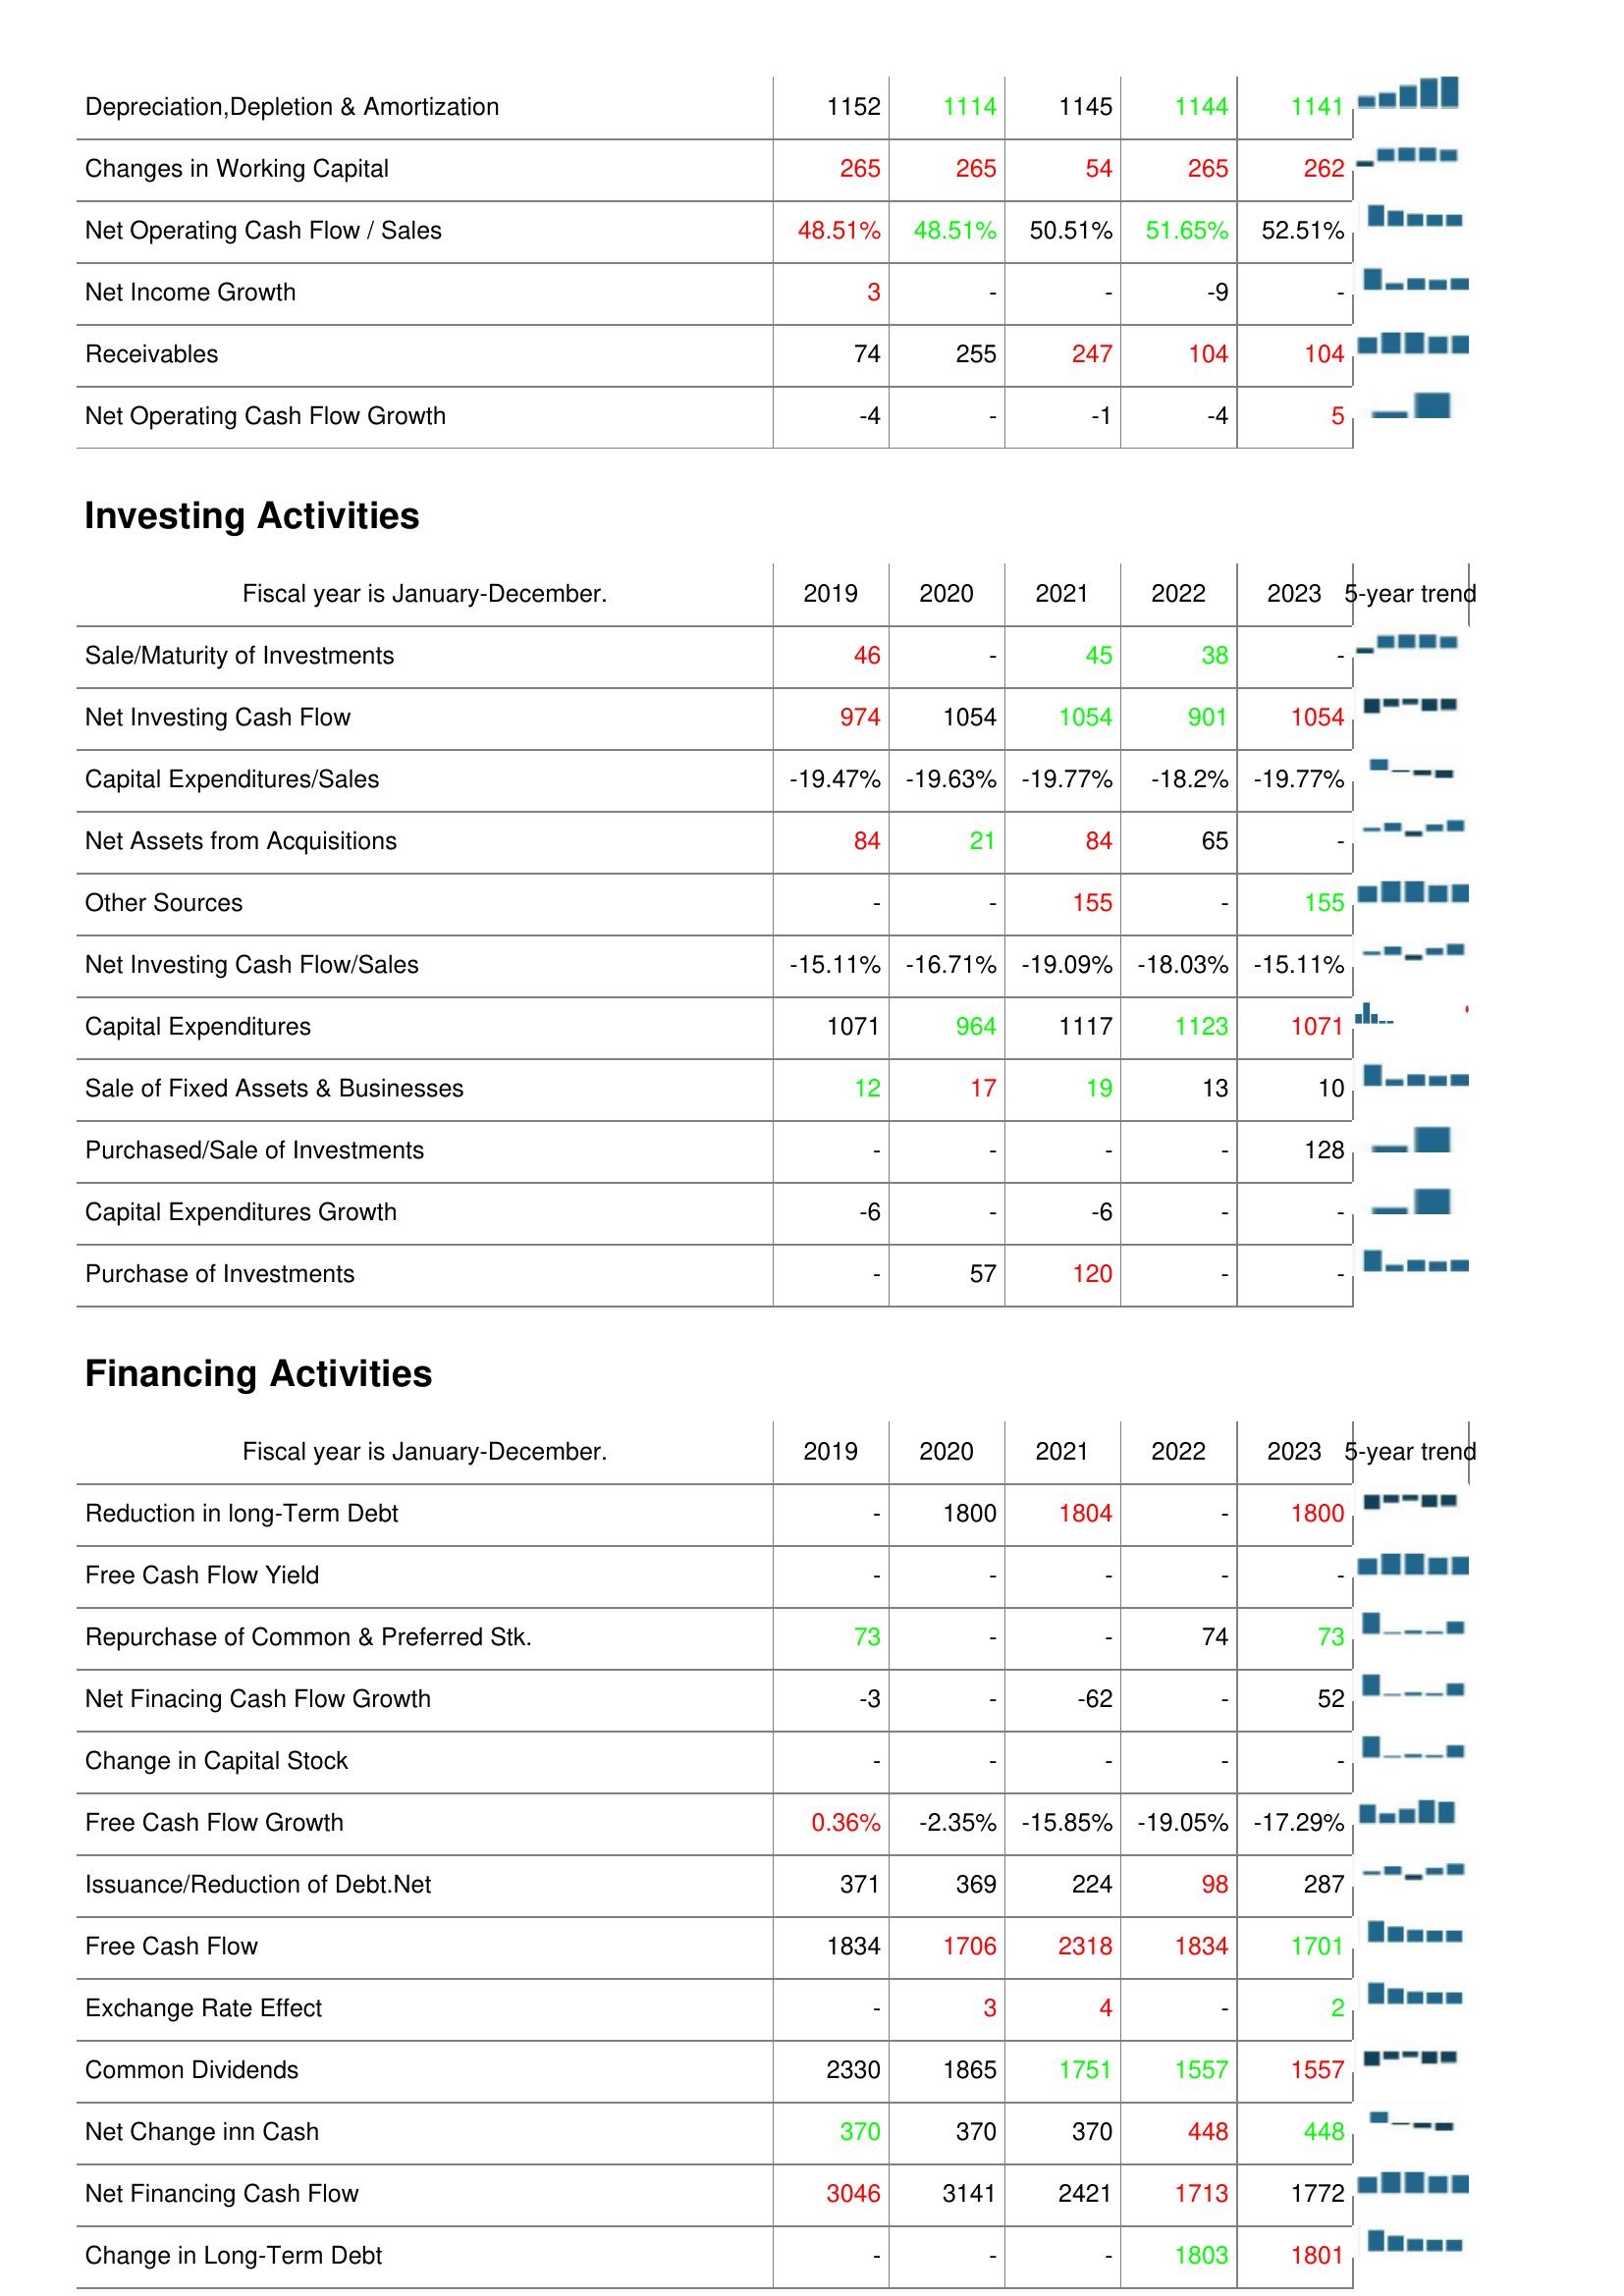
2019: Operating Activities: Depreciation,Depletion & Amortization: 1152
Changes in Working Capital: 265
Net Operating Cash Flow / Sales: 48.51%
Net Income Growth: 3
Receivables: 74
Net Operating Cash Flow Growth: -4
Investing Activities: Sale/Maturity of Investments: 46
Net Investing Cash Flow: 974
Capital Expenditures/Sales: -19.47%
Net Assets from Acquisitions: 84
Other Sources: -
Net Investing Cash Flow/Sales: -15.11%
Capital Expenditures: 1071
Sale of Fixed Assets & Businesses: 12
Purchased/Sale of Investments: -
Capital Expenditures Growth: -6
Purchase of Investments: -
Financing Activities: Reduction in long-Term Debt: -
Free Cash Flow Yield: -
Repurchase of Common & Preferred Stk.: 73
Net Finacing Cash Flow Growth: -3
Change in Capital Stock: -
Free Cash Flow Growth: 0.36%
Issuance/Reduction of Debt.Net: 371
Free Cash Flow: 1834
Exchange Rate Effect: -
Common Dividends: 2330
Net Change inn Cash: 370
Net Financing Cash Flow: 3046
Change in Long-Term Debt: -
2020: Operating Activities: Depreciation,Depletion & Amortization: 1114
Changes in Working Capital: 265
Net Operating Cash Flow / Sales: 48.51%
Net Income Growth: -
Receivables: 255
Net Operating Cash Flow Growth: -
Investing Activities: Sale/Maturity of Investments: -
Net Investing Cash Flow: 1054
Capital Expenditures/Sales: -19.63%
Net Assets from Acquisitions: 21
Other Sources: -
Net Investing Cash Flow/Sales: -16.71%
Capital Expenditures: 964
Sale of Fixed Assets & Businesses: 17
Purchased/Sale of Investments: -
Capital Expenditures Growth: -
Purchase of Investments: 57
Financing Activities: Reduction in long-Term Debt: 1800
Free Cash Flow Yield: -
Repurchase of Common & Preferred Stk.: -
Net Finacing Cash Flow Growth: -
Change in Capital Stock: -
Free Cash Flow Growth: -2.35%
Issuance/Reduction of Debt.Net: 369
Free Cash Flow: 1706
Exchange Rate Effect: 3
Common Dividends: 1865
Net Change inn Cash: 370
Net Financing Cash Flow: 3141
Change in Long-Term Debt: -
2021: Operating Activities: Depreciation,Depletion & Amortization: 1145
Changes in Working Capital: 54
Net Operating Cash Flow / Sales: 50.51%
Net Income Growth: -
Receivables: 247
Net Operating Cash Flow Growth: -1
Investing Activities: Sale/Maturity of Investments: 45
Net Investing Cash Flow: 1054
Capital Expenditures/Sales: -19.77%
Net Assets from Acquisitions: 84
Other Sources: 155
Net Investing Cash Flow/Sales: -19.09%
Capital Expenditures: 1117
Sale of Fixed Assets & Businesses: 19
Purchased/Sale of Investments: -
Capital Expenditures Growth: -6
Purchase of Investments: 120
Financing Activities: Reduction in long-Term Debt: 1804
Free Cash Flow Yield: -
Repurchase of Common & Preferred Stk.: -
Net Finacing Cash Flow Growth: -62
Change in Capital Stock: -
Free Cash Flow Growth: -15.85%
Issuance/Reduction of Debt.Net: 224
Free Cash Flow: 2318
Exchange Rate Effect: 4
Common Dividends: 1751
Net Change inn Cash: 370
Net Financing Cash Flow: 2421
Change in Long-Term Debt: -
2022: Operating Activities: Depreciation,Depletion & Amortization: 1144
Changes in Working Capital: 265
Net Operating Cash Flow / Sales: 51.65%
Net Income Growth: -9
Receivables: 104
Net Operating Cash Flow Growth: -4
Investing Activities: Sale/Maturity of Investments: 38
Net Investing Cash Flow: 901
Capital Expenditures/Sales: -18.2%
Net Assets from Acquisitions: 65
Other Sources: -
Net Investing Cash Flow/Sales: -18.03%
Capital Expenditures: 1123
Sale of Fixed Assets & Businesses: 13
Purchased/Sale of Investments: -
Capital Expenditures Growth: -
Purchase of Investments: -
Financing Activities: Reduction in long-Term Debt: -
Free Cash Flow Yield: -
Repurchase of Common & Preferred Stk.: 74
Net Finacing Cash Flow Growth: -
Change in Capital Stock: -
Free Cash Flow Growth: -19.05%
Issuance/Reduction of Debt.Net: 98
Free Cash Flow: 1834
Exchange Rate Effect: -
Common Dividends: 1557
Net Change inn Cash: 448
Net Financing Cash Flow: 1713
Change in Long-Term Debt: 1803
2023: Operating Activities: Depreciation,Depletion & Amortization: 1141
Changes in Working Capital: 262
Net Operating Cash Flow / Sales: 52.51%
Net Income Growth: -
Receivables: 104
Net Operating Cash Flow Growth: 5
Investing Activities: Sale/Maturity of Investments: -
Net Investing Cash Flow: 1054
Capital Expenditures/Sales: -19.77%
Net Assets from Acquisitions: -
Other Sources: 155
Net Investing Cash Flow/Sales: -15.11%
Capital Expenditures: 1071
Sale of Fixed Assets & Businesses: 10
Purchased/Sale of Investments: 128
Capital Expenditures Growth: -
Purchase of Investments: -
Financing Activities: Reduction in long-Term Debt: 1800
Free Cash Flow Yield: -
Repurchase of Common & Preferred Stk.: 73
Net Finacing Cash Flow Growth: 52
Change in Capital Stock: -
Free Cash Flow Growth: -17.29%
Issuance/Reduction of Debt.Net: 287
Free Cash Flow: 1701
Exchange Rate Effect: 2
Common Dividends: 1557
Net Change inn Cash: 448
Net Financing Cash Flow: 1772
Change in Long-Term Debt: 1801